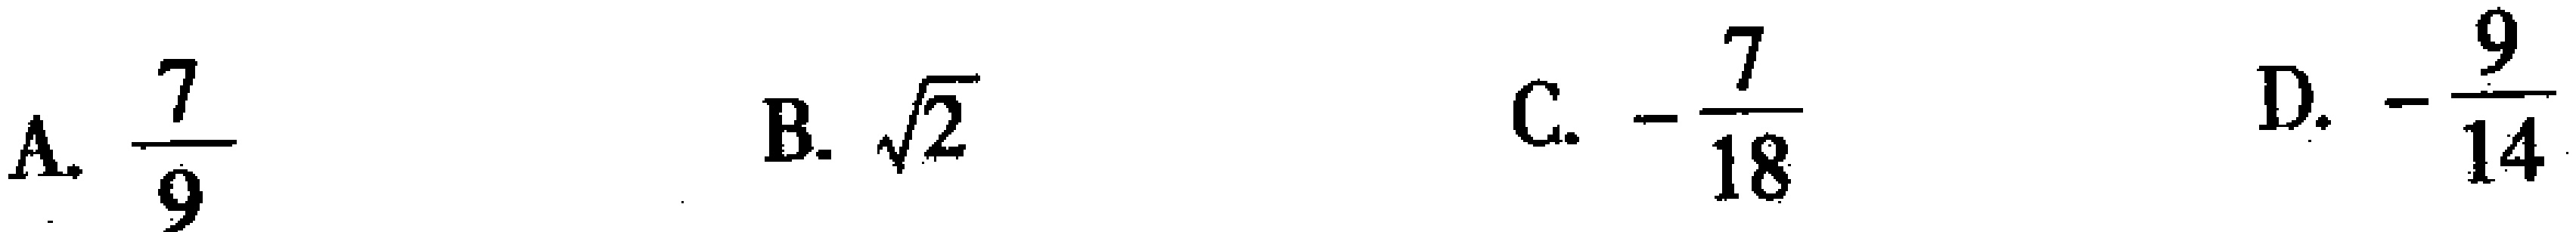
A. $\frac{7}{9}$  B. $\sqrt{2}$  C. $-\frac{7}{18}$  D. $-\frac{9}{14}$